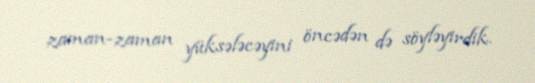
zaman-zaman yüksələcəyini öncədən də söyləyirdik.